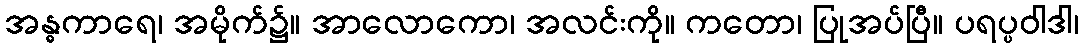
အန္ဓကာရေ၊ အမိုက်၌။ အာလောကော၊ အလင်းကို။ ကတော၊ ပြုအပ်ပြီ။ ပရပ္ပဝါဒါ၊